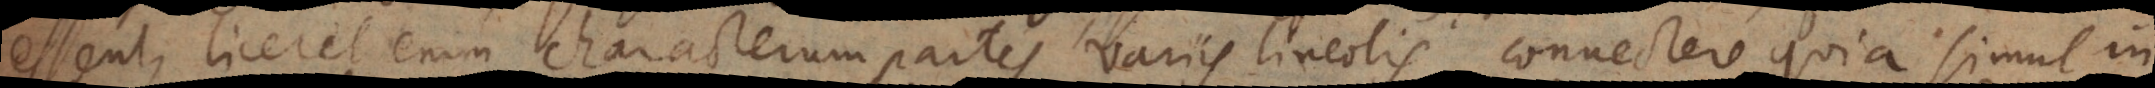
essent, liceret enim characterum partes variis lineolis connectere, quia simul in